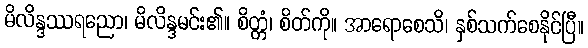
မိလိန္ဒဿရညော၊ မိလိန္ဒမင်း၏။ စိတ္တံ၊ စိတ်ကို။ အာရောစေသိ၊ နှစ်သက်စေနိုင်ပြီ။